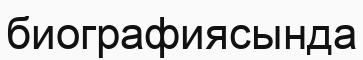
биографиясында